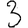
Digit: 3